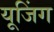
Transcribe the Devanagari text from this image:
यूजिंग